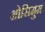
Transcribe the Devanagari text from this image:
ओसिमुम